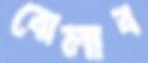
বোলাব